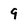
Character: 9